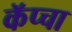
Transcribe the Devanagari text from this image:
कॅप्चा